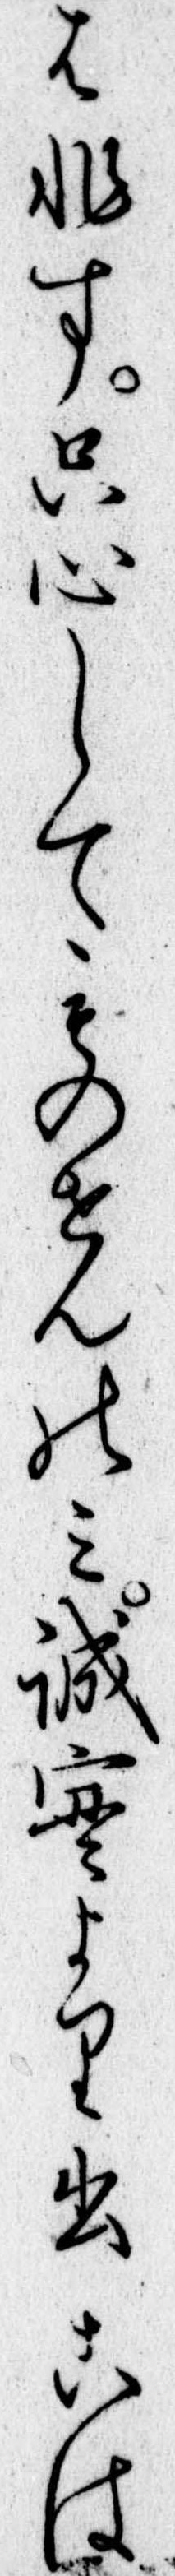
は非す只心してものせんのみ誠実より出こは